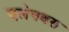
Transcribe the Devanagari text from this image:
एलेनबरा